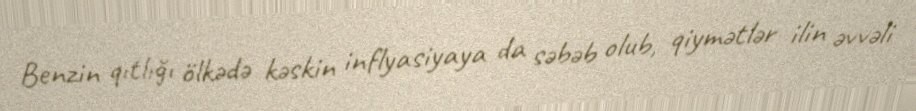
Benzin qıtlığı ölkədə kəskin inflyasiyaya da səbəb olub, qiymətlər ilin əvvəli